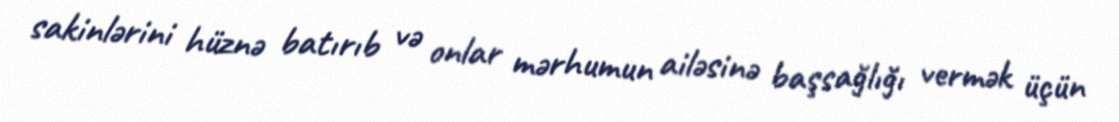
sakinlərini hüznə batırıb və onlar mərhumun ailəsinə başsağlığı vermək üçün